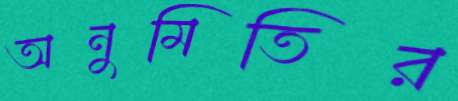
অনুমিতির